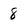
Character: 8